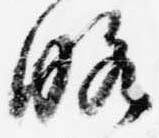
略